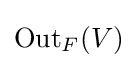
{\text{Out}}_{F}(V)